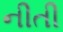
નીતી